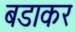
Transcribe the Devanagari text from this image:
बडाकर